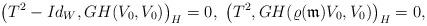
LaTeX: \begin{align*}\left(T^2-Id_W, GH(V_0, V_0)\right)_H=0, \,\, \left(T^2, GH(\varrho(\mathfrak m)V_0, V_0)\right)_H=0,\end{align*}